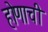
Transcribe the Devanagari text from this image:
होणाची